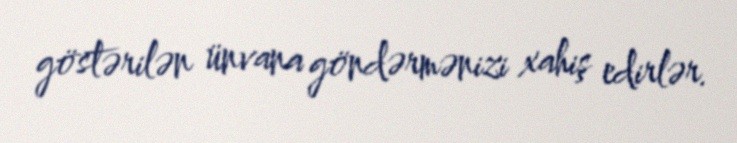
göstərilən ünvana göndərmənizi xahiş edirlər.